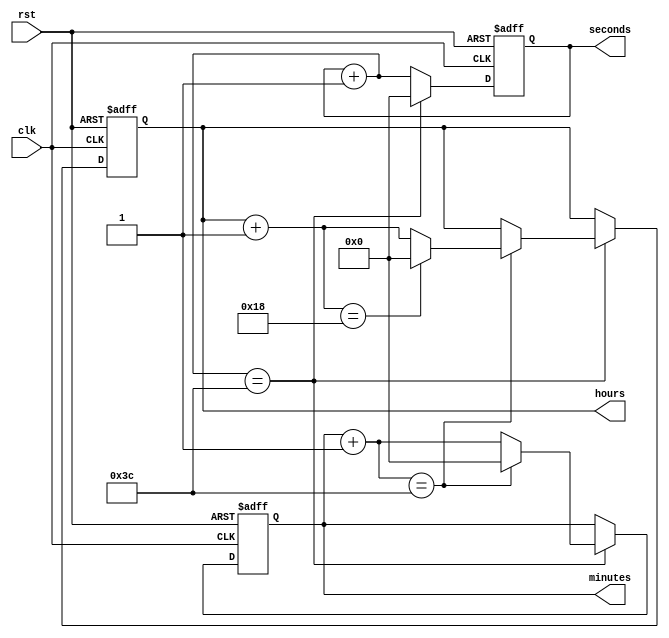
`timescale 1ns / 1ps
//////////////////////////////////////////////////////////////////////////////////

//////////////////////////////////////////////////////////////////////////////////
module digital_clock(clk,rst,seconds,minutes,hours

    );
    input clk,rst;
    output reg[5:0]seconds;
    output reg[5:0]minutes;
    output reg[5:0]hours;
    
    always@(posedge(clk) or posedge(rst))
    begin
      if (rst==1'b1)
      begin
         seconds=0;
         minutes=0;
         hours=0;
       end
     else
      // if(clk==1'b1)
        begin 
         seconds=seconds+1;
         if(seconds==60)
         begin
          seconds=0;
          minutes=minutes+1;
          if (minutes==60)
          begin
          minutes=0;
          hours= hours+1;
          if (hours==24)
          begin
          hours=0;
          end
         end
        end
       end
      end
         
          
endmodule